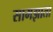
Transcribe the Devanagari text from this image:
सामझाता